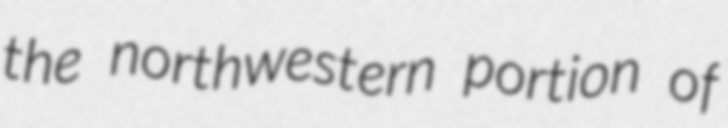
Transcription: the northwestern portion of